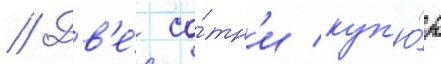
// Дв'е́ со́тн'и куп'ю́р